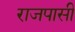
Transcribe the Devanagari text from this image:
राजपासी